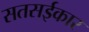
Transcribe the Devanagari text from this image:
सतसईकार